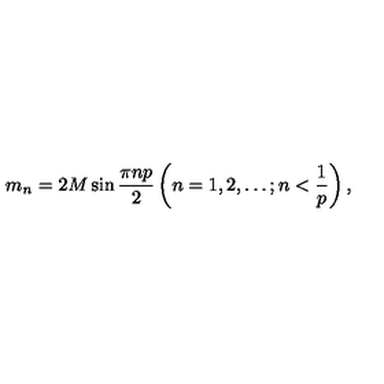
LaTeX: m _ { n } = 2 M \sin \frac { \pi n p } { 2 } \left( n = 1 , 2 , \ldots ; n < \frac { 1 } { p } \right) ,